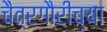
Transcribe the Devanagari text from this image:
चैत्रगौरीच्या